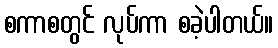
စကာစတွင် လုပ်ကာ စခဲ့ပါတယ်။